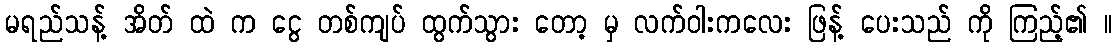
မရည်သန့် အိတ် ထဲ က ငွေ တစ်ကျပ် ထွက်သွား တော့ မှ လက်ဝါးကလေး ဖြန့် ပေးသည် ကို ကြည့်၏ ။